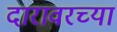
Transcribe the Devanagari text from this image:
दारावरच्या